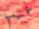
خذيها